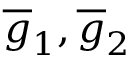
\overline { { g } } _ { 1 } , \overline { { g } } _ { 2 }